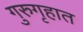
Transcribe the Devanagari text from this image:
गुरुगृहात